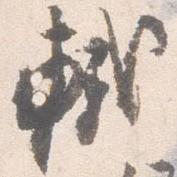
軾